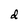
Character: d